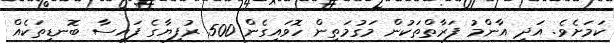
ކަމަށެވެ. އަދި އާންމު ފަރާތްތަކުން މަގުމަތިން ހޮވައިގެން 500 ރުފިޔާގެ ފައިސާ ބޮނޑިތަކެއް